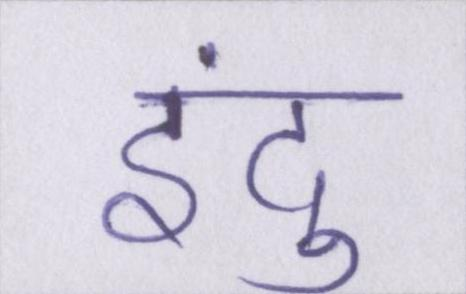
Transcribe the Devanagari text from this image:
इंदु